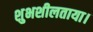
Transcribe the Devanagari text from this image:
शुभशीलताया।